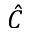
\hat { C }